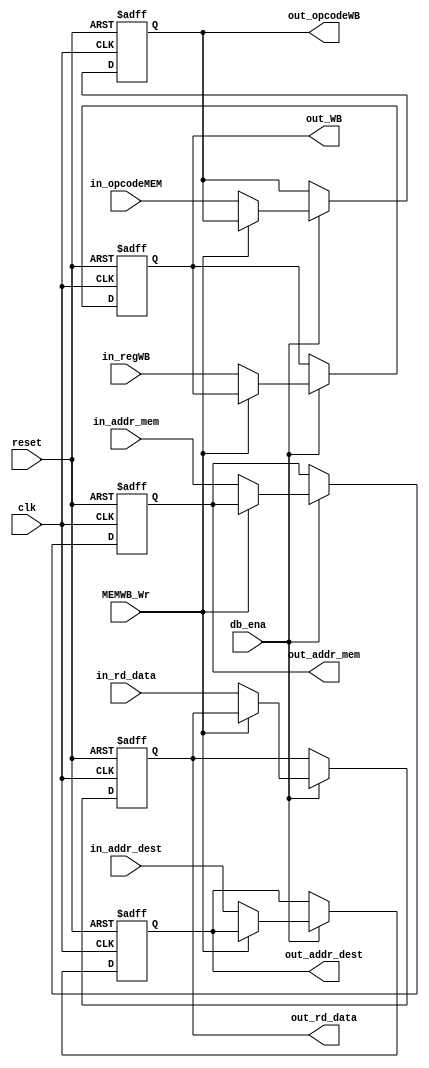
`timescale 1ns / 1ps
//////////////////////////////////////////////////////////////////////////////////
// Company: 
// Engineer: 
// 
// Design Name: 
// Module Name: MEM_WR
// Project Name: 
// Target Devices: 
// Tool Versions: 
// Description: 
// 
// Dependencies: 
// 
// Revision:
// Revision 0.01 - File Created
// Additional Comments:
// 
//////////////////////////////////////////////////////////////////////////////////


module MEM_WR
(clk, reset, db_ena, MEMWB_Wr, in_rd_data, in_addr_mem, in_addr_dest, in_regWB, in_opcodeMEM,
 out_rd_data, out_addr_mem, out_addr_dest, out_WB, out_opcodeWB);

// Parametros internos
parameter msb = 31; // bit mas sigficativo

// Entrada a modulo
input clk, reset;
input db_ena; // control de ena PC desde debug unit (clk enable)
input [msb:0] in_rd_data;
input [msb:0] in_addr_mem;
input [4:0] in_addr_dest;
input [1:0] in_regWB; // entrada de las flags de control para la etapa WB - 2 flags (MemtoReg, RegWrite)
input MEMWB_Wr; // habilitador de escritura de registro MEMWB
input [5:0] in_opcodeMEM; // entrada de opcode desde EXMEM

// Salidas de modulo
output reg [msb:0] out_rd_data; // 
output reg [msb:0] out_addr_mem; //
output reg [4:0] out_addr_dest;
output reg [1:0] out_WB; // salida de 2 flags (MemtoReg, RegWrite) desde reg MEM/WB
output reg [5:0] out_opcodeWB; // Salida de opcode desde MEMWB

// Variables internas
reg [msb:0] rdd_next; // dato leido next
reg [msb:0] addr_mem_next; // direccion de memoria next
reg [4:0] addr_dest_next; // direccion destino next
reg [1:0] WB_next;
reg [5:0] opcodeWB_next;


always@(*)
begin
	rdd_next = out_rd_data;
	addr_mem_next = out_addr_mem;
	addr_dest_next = out_addr_dest;
	WB_next = out_WB;
	opcodeWB_next = out_opcodeWB;
	if(!MEMWB_Wr)
	begin
		rdd_next = in_rd_data;
		addr_mem_next = in_addr_mem;
		addr_dest_next = in_addr_dest;
		WB_next = in_regWB;
		opcodeWB_next = in_opcodeMEM;
	end
end

always@(negedge clk,posedge reset)
begin 
		if(reset)
		begin
			out_rd_data <= 0;
			out_addr_mem <= 0;
			out_addr_dest <= 0;
			out_WB <= 0;
			out_opcodeWB <= 0;
		end
		
		else if(db_ena)
		begin
			out_rd_data <= rdd_next;
			out_addr_mem <= addr_mem_next;
			out_addr_dest <= addr_dest_next;
			out_WB <= WB_next;
			out_opcodeWB <= opcodeWB_next;
		end
end

endmodule